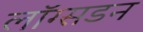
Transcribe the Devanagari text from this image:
लॉग्सडन